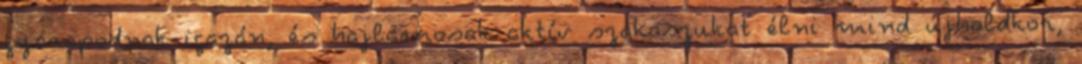
gyarapodnak igazán, és hajlamosak aktív szakaszukat élni mind újholdkor,